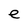
Character: e